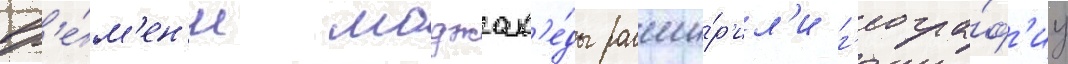
вр'е́м'ен'и моджах'е́ды расши́р'ил'и г'еогра́ф'иу